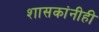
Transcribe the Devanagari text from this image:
शासकांनीही